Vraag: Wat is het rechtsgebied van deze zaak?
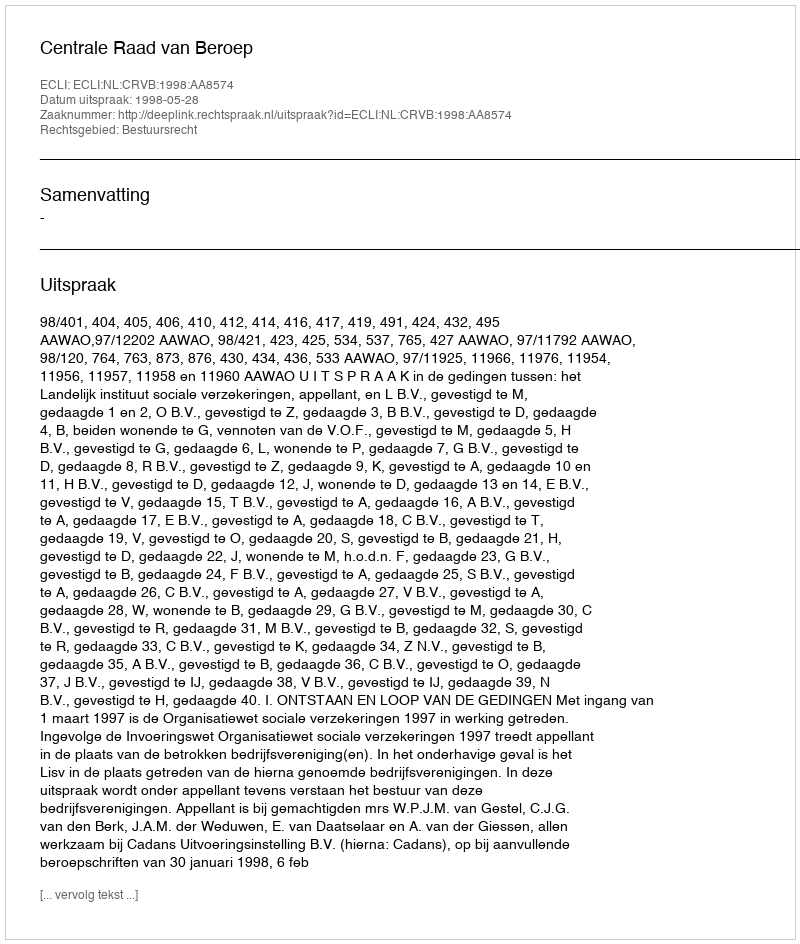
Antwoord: Bestuursrecht